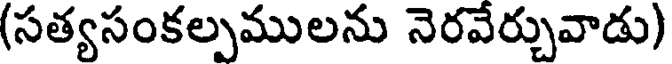
(సత్యసంకల్పములను నెరవేర్చువాడు)